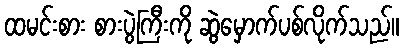
ထမင်းစား စားပွဲကြီးကို ဆွဲမှောက်ပစ်လိုက်သည်။